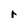
Character: r